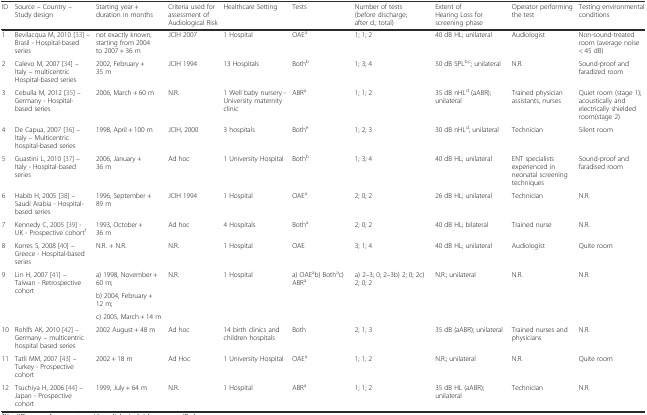
<table><thead><tr><td><b>ID</b></td><td><b>Source – Country – Study design</b></td><td><b>Starting year + duration in months</b></td><td><b>Criteria used for assessment of Audiological Risk</b></td><td><b>Healthcare Setting</b></td><td><b>Tests</b></td><td><b>Number of tests (before discharge; after d.; total)</b></td><td><b>Extent of Hearing Loss for screening phase</b></td><td><b>Operator performing the test</b></td><td><b>Testing environmental conditions</b></td></tr></thead><tbody><tr><td>1</td><td>Bevilacqua M, 2010 [33] – Brasil - Hospital-based series</td><td>not exactly known, starting from 2004 to 2007 + 36 m</td><td>JCIH 2007</td><td>1 Hospital</td><td>OAE<sup>a</sup></td><td>1; 1; 2</td><td>40 dB HL; unilateral</td><td>Audiologist</td><td>Non-sound-treated room (average noise &lt; 45 dB)</td></tr><tr><td>2</td><td>Calevo M, 2007 [34] – Italy – multicentric Hospital-based series</td><td>2002, February + 35 m</td><td>JCIH 1994</td><td>13 Hospitals</td><td>Both<sup>b</sup></td><td>1; 3; 4</td><td>50 dB SPL<sup>b,c</sup>; unilateral</td><td>N.R.</td><td>Sound-proof and faradized room</td></tr><tr><td>3</td><td>Cebulla M, 2012 [35] – Germany - Hospital-based series</td><td>2006, March + 60 m</td><td>N.R.</td><td>1 Well baby nursery - University maternity clinic</td><td>ABR<sup>a</sup></td><td>1; 1; 2</td><td>35 dB nHL<sup>d</sup> (aABR); unilateral</td><td>Trained physician assistants, nurses</td><td>Quiet room (stage 1); acoustically and electrically shielded room(stage 2)</td></tr><tr><td>4</td><td>De Capua, 2007 [36] – Italy – Multicentric hospital-based series</td><td>1998, April + 100 m</td><td>JCIH, 2000</td><td>3 hospitals</td><td>Both<sup>e</sup></td><td>1; 2; 3</td><td>30 dB nHL<sup>d</sup>; unilateral</td><td>Technician</td><td>Silent room</td></tr><tr><td>5</td><td>Guastini L, 2010 [37] – Italy - Hospital-based series</td><td>2006, January + 36 m</td><td>Ad hoc</td><td>1 University Hospital</td><td>Both<sup>b</sup></td><td>1; 3; 4</td><td>40 dB HL; unilateral</td><td>ENT specialists experienced in neonatal screening techniques</td><td>Sound-proof and faradised room</td></tr><tr><td>6</td><td>Habib H, 2005 [38] – Saudi Arabia - Hospital-based series</td><td>1996, September + 89 m</td><td>JCIH 1994</td><td>1 Hospital</td><td>OAE<sup>a</sup></td><td>2; 0; 2</td><td>26 dB HL; unilateral</td><td>Technician</td><td>N.R.</td></tr><tr><td>7</td><td>Kennedy C, 2005 [39] - UK - Prospective cohort<sup>f</sup></td><td>1993, October + 36 m</td><td>Ad hoc</td><td>4 Hospitals</td><td>Both<sup>a</sup></td><td>2; 0; 2</td><td>40 dB HL; bilateral</td><td>Trained nurse</td><td>N.R.</td></tr><tr><td>8</td><td>Korres S, 2008 [40] – Greece - Hospital-based series</td><td>N.R. + N.R.</td><td>N.R.</td><td>1 Hospital</td><td>OAE</td><td>3; 1; 4</td><td>40 dB HL; unilateral</td><td>Audiologist</td><td>Quite room</td></tr><tr><td rowspan="3">9</td><td rowspan="3">Lin H, 2007 [41] – Taiwan - Retrospective cohort</td><td>a) 1998, November + 60 m;</td><td rowspan="3">N.R.</td><td rowspan="3">1 Hospital</td><td rowspan="3">a) OAE<sup>a</sup>b) Both<sup>a</sup>c) ABR<sup>a</sup></td><td rowspan="3">a) 2–3; 0; 2–3b) 2; 0; 2c) 2; 0; 2</td><td rowspan="3">N.R.; unilateral</td><td rowspan="3">N.R.</td><td rowspan="3">N.R.</td></tr><tr><td>b) 2004, February + 12 m;</td></tr><tr><td>c) 2005, March + 14 m</td></tr><tr><td>10</td><td>Rohlfs AK, 2010 [42] – Germany – multicentric hospital based series</td><td>2002 August + 48 m</td><td>Ad hoc</td><td>14 birth clinics and children hospitals</td><td>Both</td><td>2; 1; 3</td><td>35 dB (aABR); unilateral</td><td>Trained nurses and physicians</td><td>N.R.</td></tr><tr><td>11</td><td>Tatli MM, 2007 [43] – Turkey - Prospective cohort</td><td>2002 + 18 m</td><td>Ad Hoc</td><td>1 University Hospital</td><td>OAE<sup>a</sup></td><td>1; 1; 2</td><td>N.R.; unilateral</td><td>N.R.</td><td>Quite room</td></tr><tr><td>12</td><td>Tsuchiya H, 2006 [44] – Japan - Prospective cohort</td><td>1999, July + 64 m</td><td>N.R.</td><td>1 Hospital</td><td>ABR<sup>a</sup></td><td>1; 1; 2</td><td>35 dB HL (aABR); unilateral</td><td>Technician</td><td>N.R.</td></tr></tbody></table>